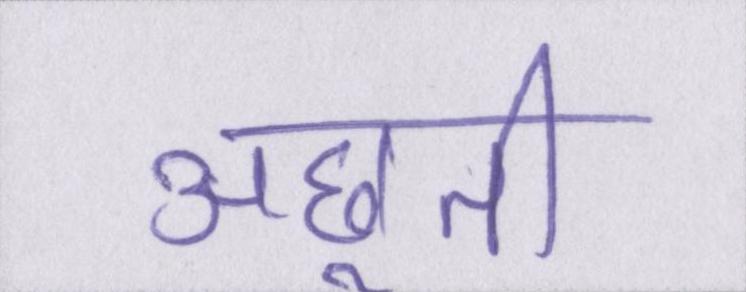
अछूती